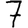
Digit: 7